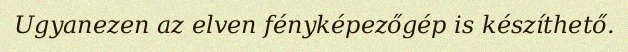
Ugyanezen az elven fényképezőgép is készíthető.